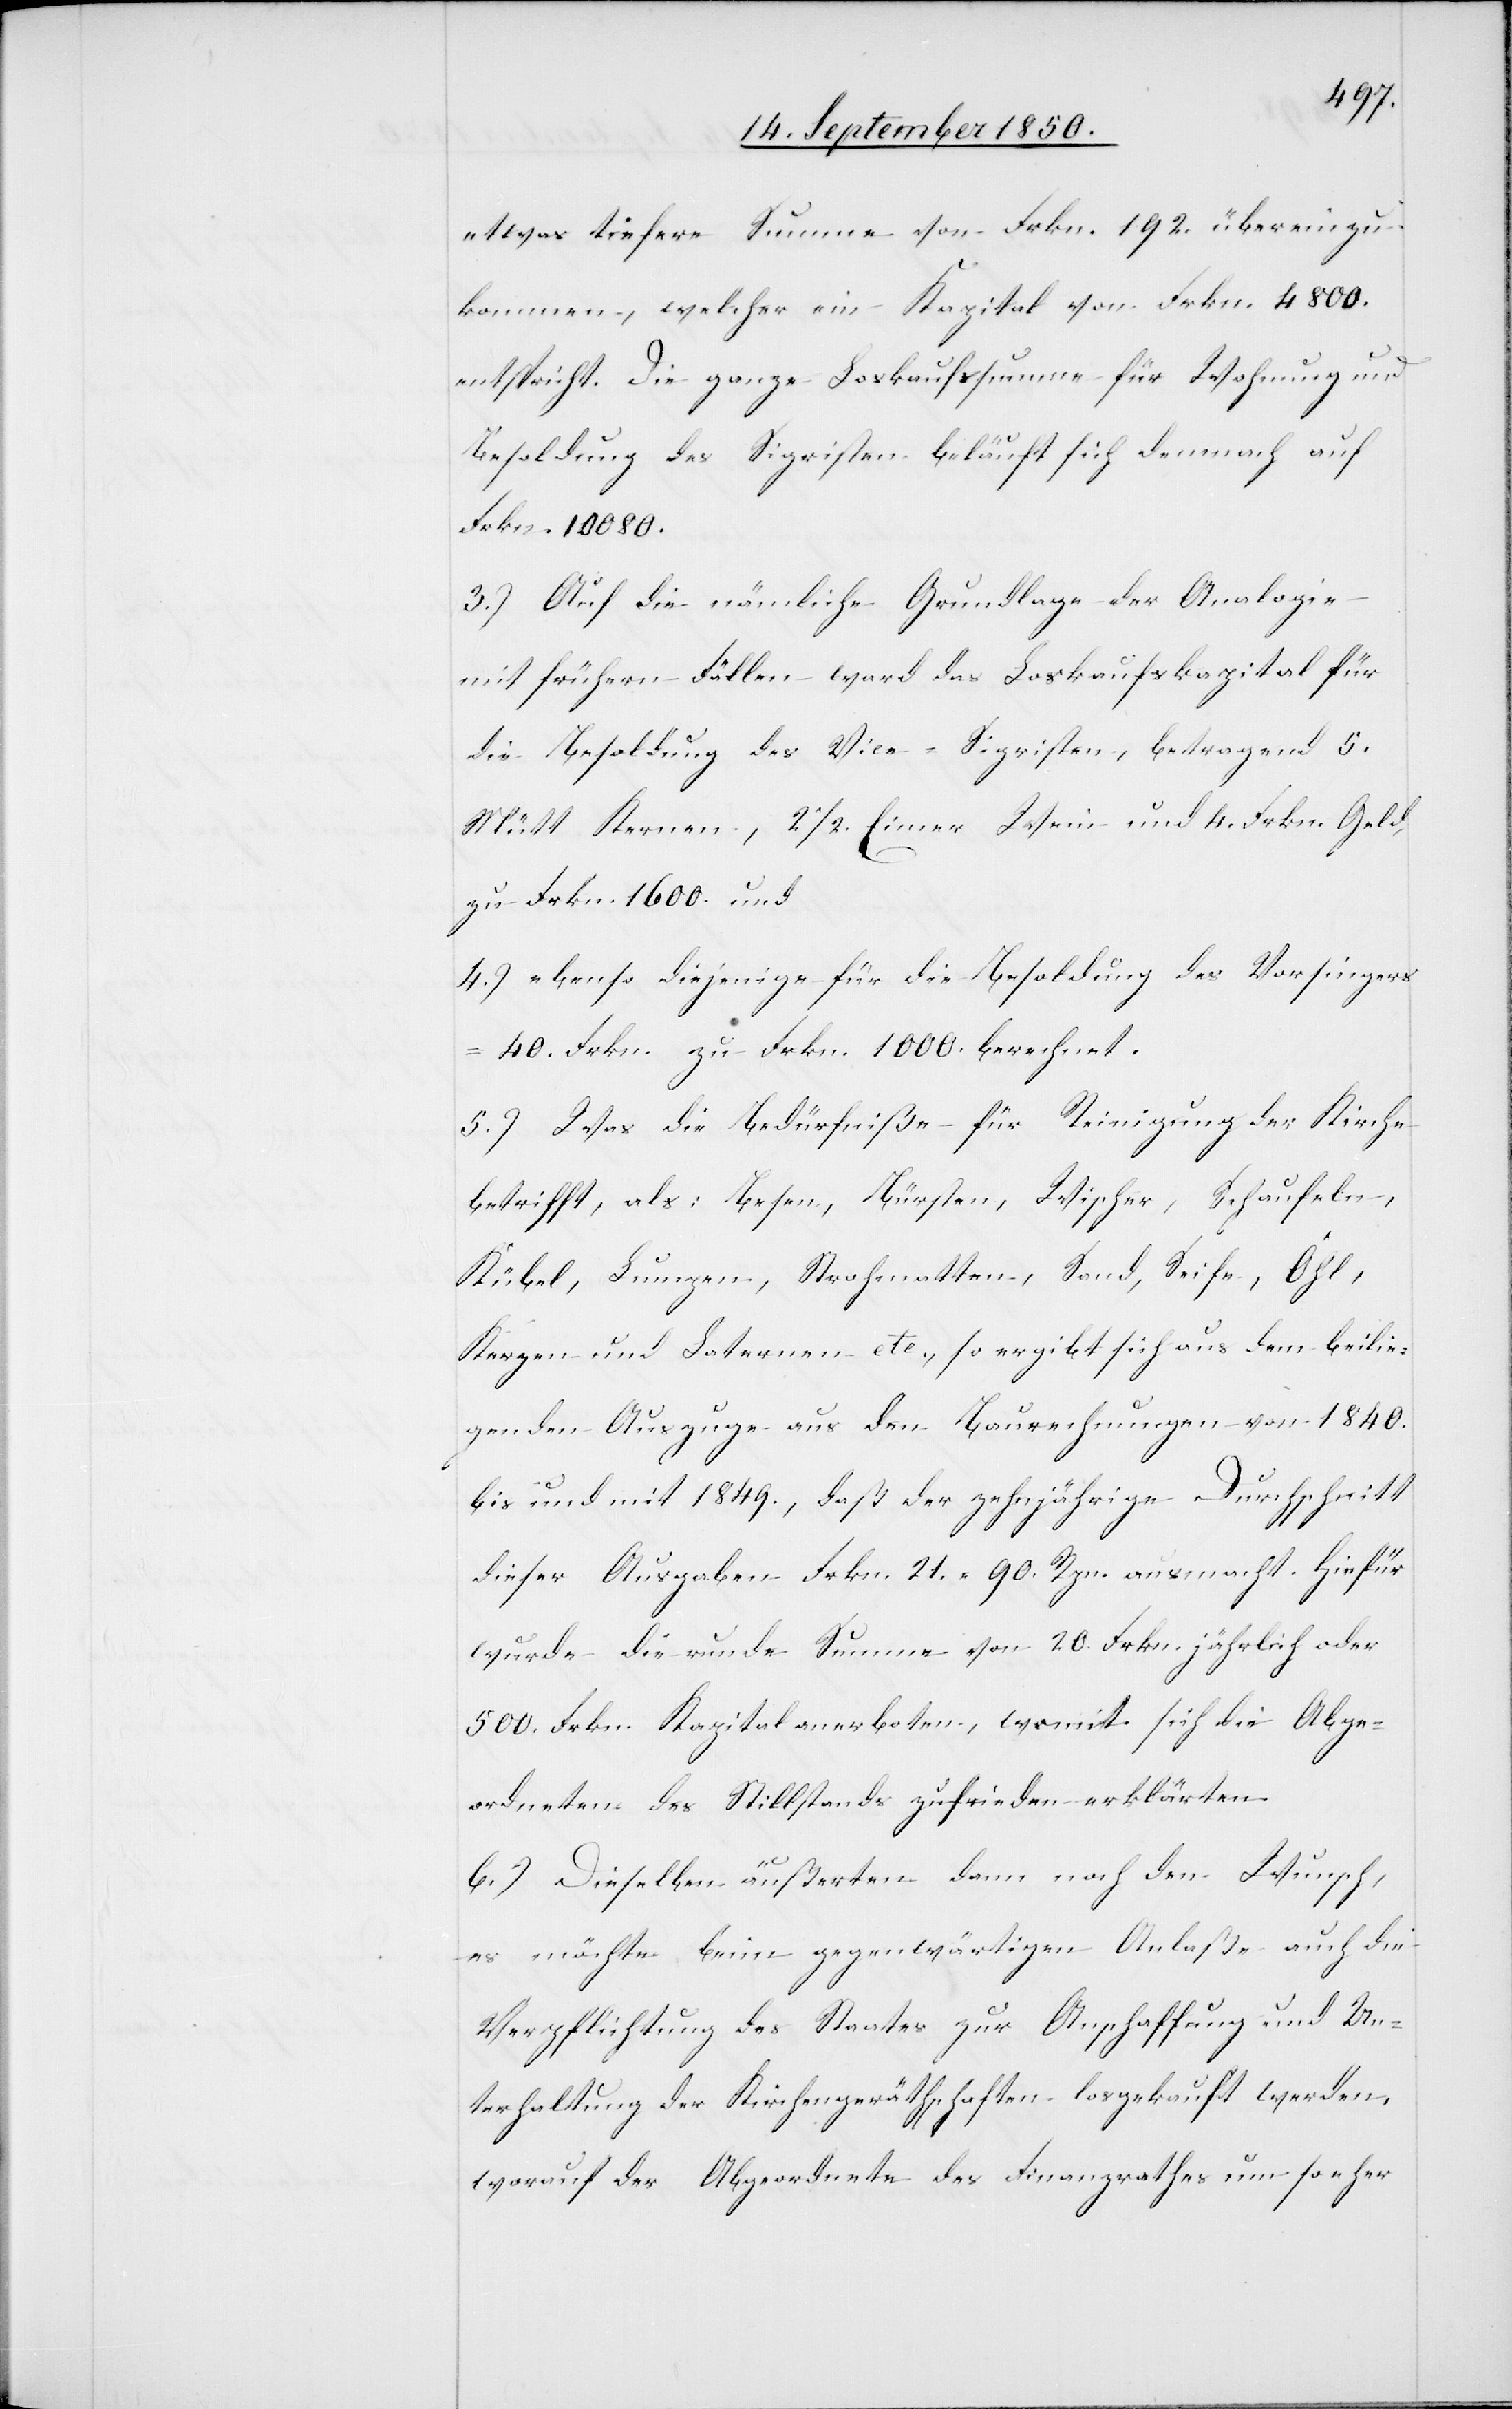
etwas tiefere Summe von Frkn. 192. übereinzu¬
kommen, welcher ein Kapital von Frkn. 4800.
entspricht. Die ganze Loskaufssumme für Wohnung und
Besoldung des Sigristen beläuft sich demnach auf
Frkn. 10 080.
3.) Auf die nämliche Grundlage der Analogie
mit frühern Fällen ward das Loskaufskapital für
die Besoldung des Vice-Sigristen, betragend 5.
Mütt Kernen, 2 1/2. Eimer Wein und 4. Frkn. Geld
zu Frkn. 1600. und
4.) ebenso diejenige für die Besoldung des Vorsingers
40. Frkn. zu Frkn. 1000. berechnet.
5.) Was die Bedürfniße für Reinigung der Kirche
betrifft, als: Besen, Bürsten, Wischer, Schaufeln,
Kübel, Lumpen, Strohmatten, Sand, Seife, Öhl,
Kerzen und Laternen etc., so ergibt sich aus dem beilie¬
genden Auszuge aus den Baurechnungen von 1840.
bis und mit 1849., daß der zehnjährige Durchschnitt
dieser Ausgaben Frkn. 21. 90. Rpn. ausmacht. Hiefür
wurde die runde Summe von 20. Frkn. jährlich oder
500. Frkn. Kapital anerboten, womit sich die Abge¬
ordneten des Stillstands zufrieden erklärten.
6.) Dieselben äußerten dann noch den Wunsch,
es möchte beim gegenwärtigen Anlaße auch die
Verpflichtung des Staates zur Anschaffung und Un¬
terhaltung der Kirchengerätschaften losgekauft werden,
worauf der Abgeordnete des Finanzrathes um so eher